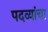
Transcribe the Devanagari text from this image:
पदव्यांचा